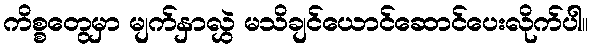
ကိစ္စတွေမှာ မျက်နှာလွှဲ မသိချင်ယောင်ဆောင်ပေးလိုက်ပါ။